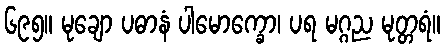
၆၉၅။ မုချော ပဓာနံ ပါမောက္ခော၊ ပရ မဂ္ဂည မုတ္တရံ။